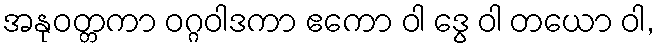
အနုဝတ္တကာ ဝဂ္ဂဝါဒကာ ဧကော ဝါ ဒွေ ဝါ တယော ဝါ,